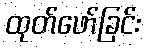
ထုတ်ဖော်ခြင်း